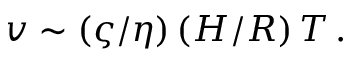
v \sim ( \varsigma / \eta ) \, ( H / R ) \, T \, . \